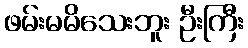
ဖမ်းမမိသေးဘူး ဦးကြီး